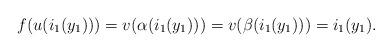
LaTeX: \begin{align*}f(u(i_1(y_1)))=v(\alpha(i_1(y_1)))=v(\beta(i_1(y_1)))=i_1(y_1).\end{align*}